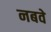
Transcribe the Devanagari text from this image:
नबवे